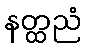
နတ္ထညံ